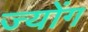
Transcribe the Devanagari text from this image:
ज्योंग